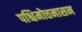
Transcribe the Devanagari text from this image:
पश्चिमोत्तनासन